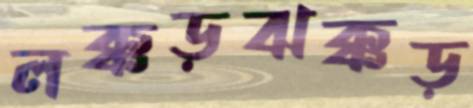
লক্কড়ঝক্কড়